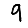
Digit: 9